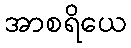
အာစရိယေ